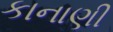
કાનાણી